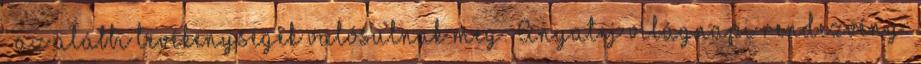
– az alábbi tevékenységek valósulnak meg: Anyatej világnapi rendezvény: